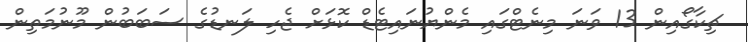
ޗިކާގޯއިން 13 ވަނަ މިނެޓްގައި މެންޔުނައިޓެޑް ކޮޅަށް ޖެހި ލަނޑުގެ ސަބަބުން މޫނުމަތިން